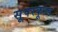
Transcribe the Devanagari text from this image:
सूपरकूल्ड